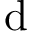
\mathrm { d }